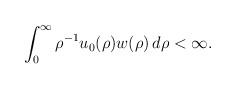
LaTeX: \begin{align*}\int_0^\infty \rho^{-1 } u_0(\rho) w (\rho)\,d\rho <\infty.\end{align*}